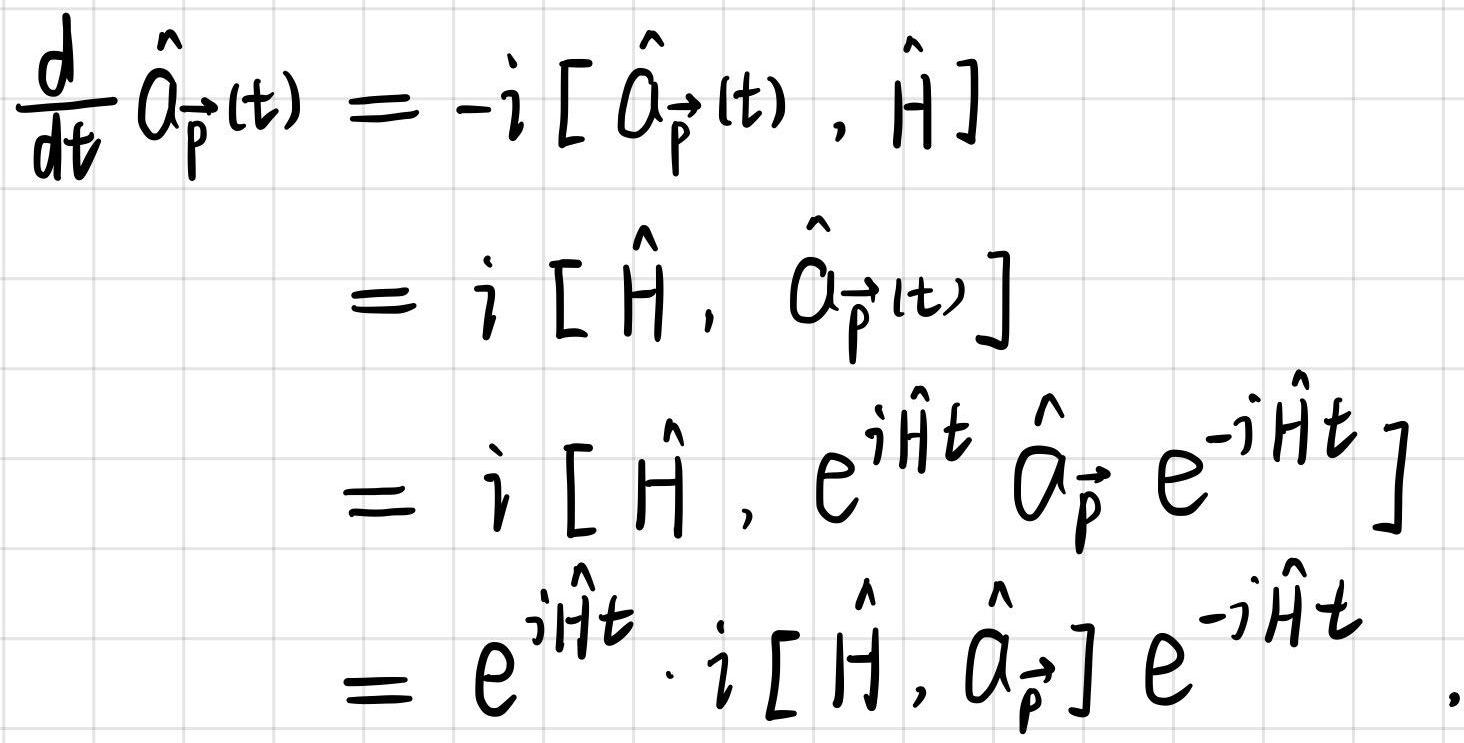
\[
\begin{align*}
\frac{d}{dt} \hat{a}_{\vec{p}}(t) &= -i [ \hat{a}_{\vec{p}}(t), \hat{H} ] \\
&= i [ \hat{H}, \hat{a}_{\vec{p}}(t) ] \\
&= i [ \hat{H}, e^{i\hat{H}t} \hat{a}_{\vec{p}} e^{-i\hat{H}t} ] \\
&= e^{i\hat{H}t} \cdot i [ \hat{H}, \hat{a}_{\vec{p}} ] e^{-i\hat{H}t}
\end{align*}
\]